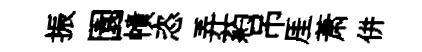
振園幘恣弄葯吊厓萧併